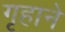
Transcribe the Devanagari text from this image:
गृहाने